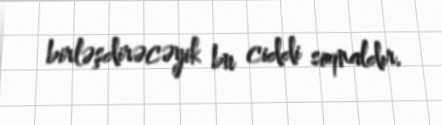
birləşdirəcəyik bu ciddi siqnaldır.